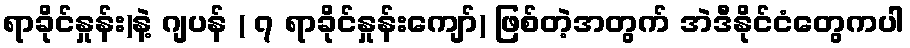
ရာခိုင်နှုန်း)နဲ့ ဂျပန် ( ၇ ရာခိုင်နှုန်းကျော်) ဖြစ်တဲ့အတွက် အဲဒီနိုင်ငံတွေကပါ